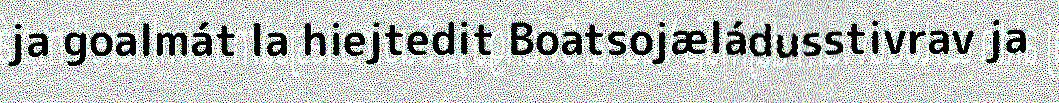
ja goalmát la hiejtedit Boatsojæládusstivrav ja